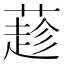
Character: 𦼛